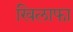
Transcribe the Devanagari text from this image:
खिलाफा